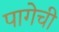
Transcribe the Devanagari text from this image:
पागेची